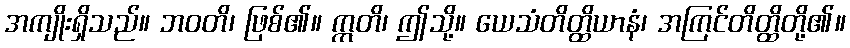
အကျိုးရှိသည်။ ဘဝတိ၊ ဖြစ်၏။ ဣတိ၊ ဤသို့။ ယေသံတိတ္ထိယာနံ၊ အကြင်တိတ္ထိတို့၏။